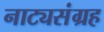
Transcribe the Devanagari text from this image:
नाट्यसंग्रह